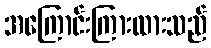
အကြောင်းကြားထားသည်